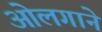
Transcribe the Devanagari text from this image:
ओलगाने